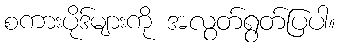
စကားပိုဒ်များကို အလွတ်ရွတ်ပြပါ။